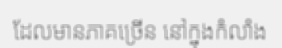
ដែលមានភាគច្រើន នៅក្នុងកំលាំង